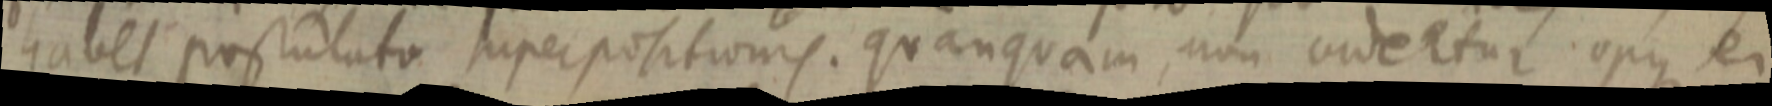
habet postulato superpositionis. quanquam, non ordetur opus ei